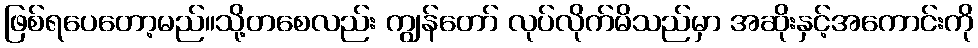
ဖြစ်ရပေတော့မည်။သို့တစေလည်း ကျွန်တော် လုပ်လိုက်မိသည်မှာ အဆိုးနှင့်အကောင်းကို